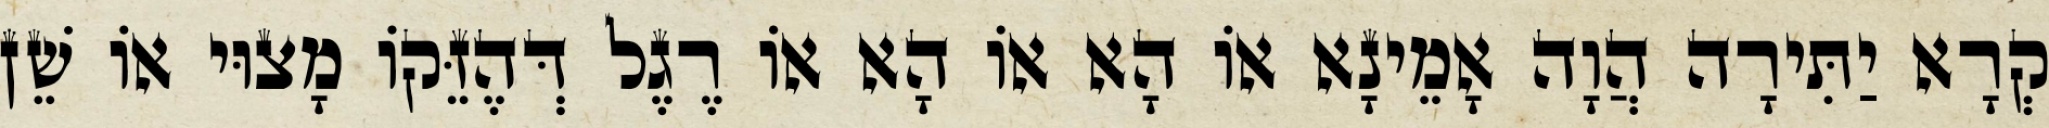
קְרָא יַתִּירָה הֲוָה אָמֵינָא אוֹ הָא אוֹ הָא אוֹ רֶגֶל דְּהֶזֵּקוֹ מָצוּי אוֹ שֵׁן